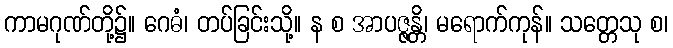
ကာမဂုဏ်တို့၌။ ဂေဓံ၊ တပ်ခြင်းသို့။ န စ အာပဇ္ဇန္တိ၊ မရောက်ကုန်။ သတ္တေသု စ၊